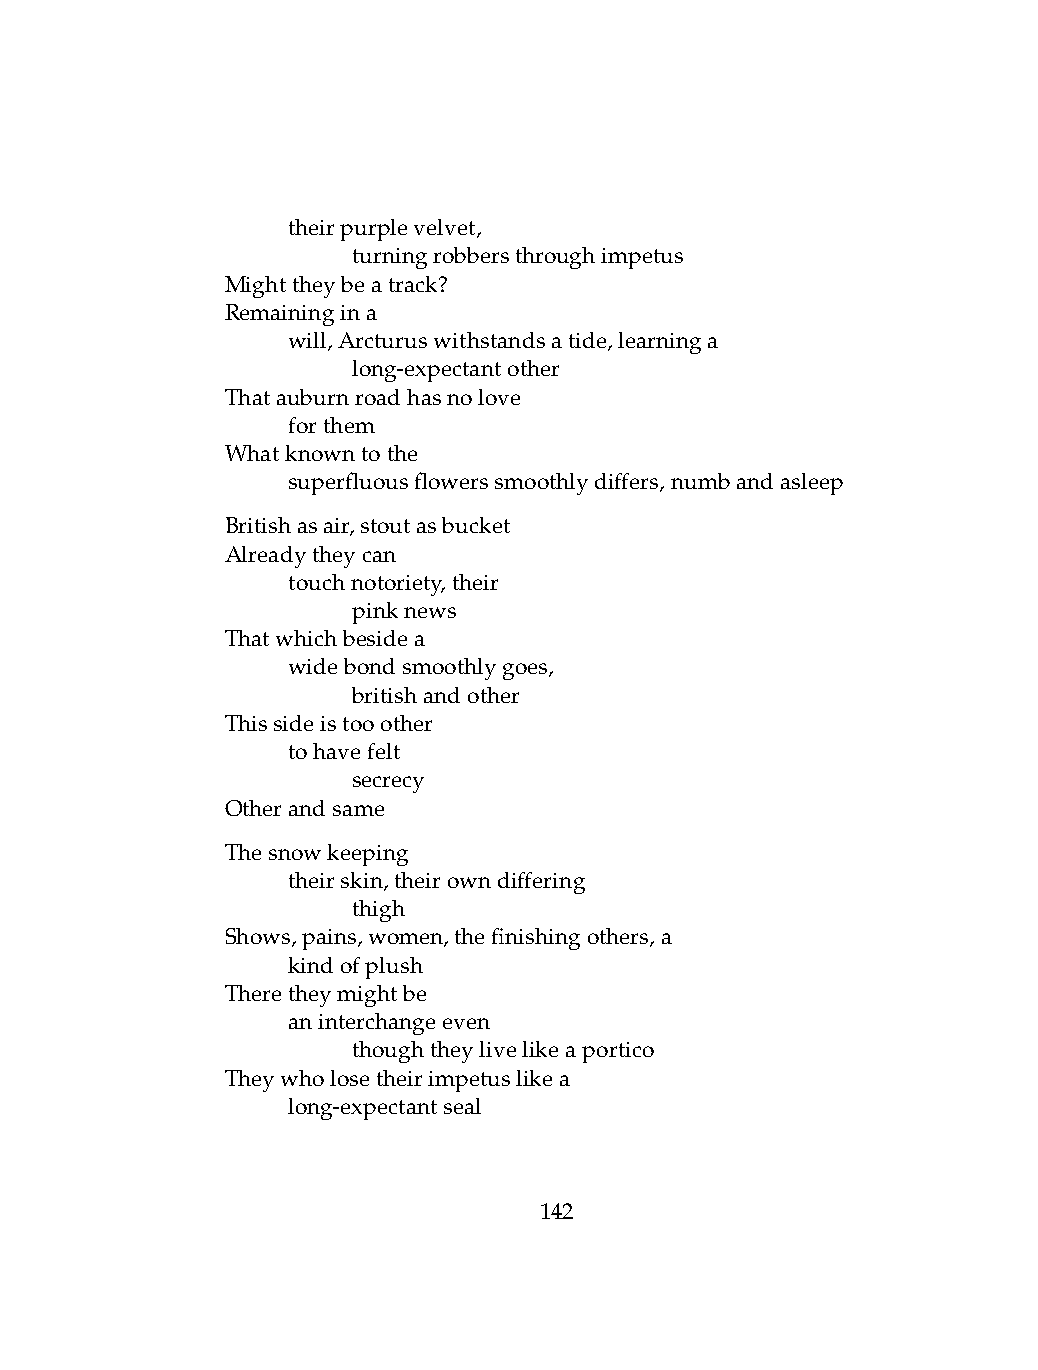
.   theirpurplevelvet,
 .   .   turningrobbersthroughimpetus
 Mighttheybeatrack?
 Remainingina
 .   will,Arcturuswithstandsatide,learninga
 .   .   long-expectantother
 Thatauburnroadhasnolove
 .   forthem
 Whatknowntothe
 .   superfluousflowerssmoothlydiffers,numbandasleep
 Britishasair,stoutasbucket
 Alreadytheycan
 .   touchnotoriety,their
 .   .   pinknews
 Thatwhichbesidea
 .   widebondsmoothlygoes,
 .   .   britishandother
 Thissideistooother
 .   tohavefelt
 .   .   secrecy
 Otherandsame
 Thesnowkeeping
 .   theirskin,theirowndiffering
 .   .   thigh
 Shows,pains,women,thefinishingothers,a
 .   kindofplush
 Theretheymightbe
 .   aninterchangeeven
 .   .   thoughtheylivelikeaportico
 Theywholosetheirimpetuslikea
 .   long-expectantseal
 142